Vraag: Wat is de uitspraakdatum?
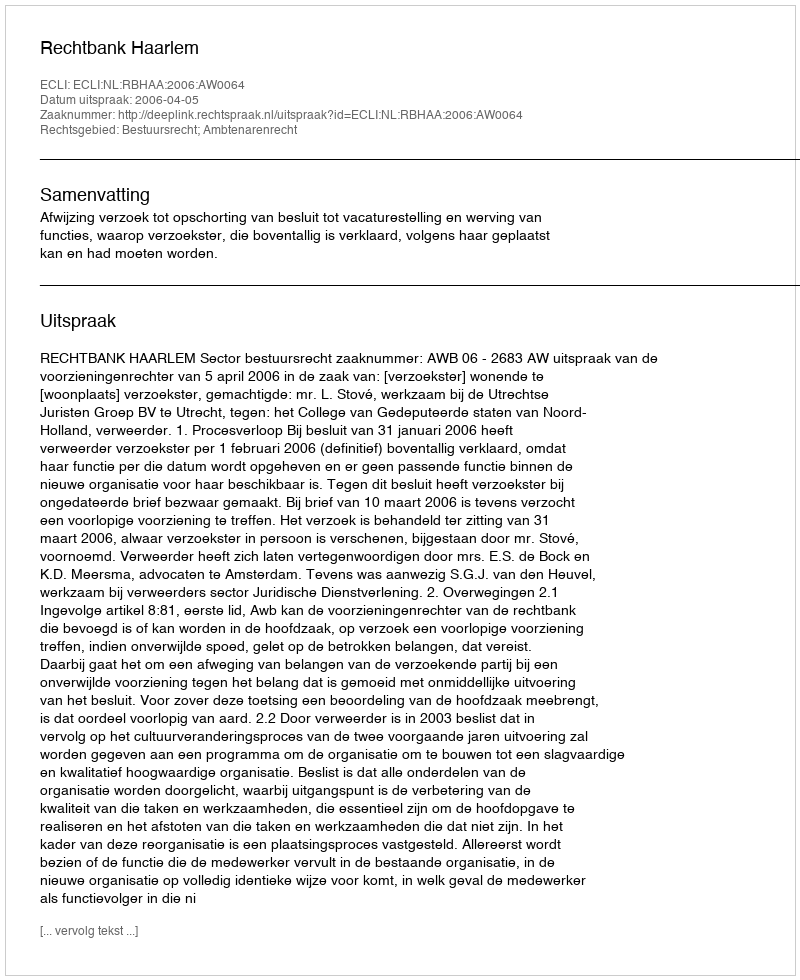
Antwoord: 2006-04-05